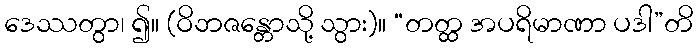
ဒေဿတွာ၊ ၍။ (ဝိဘဇန္တောသို့ သွား)။ “တတ္ထ အပရိမာဏာ ပဒါ”တိ